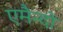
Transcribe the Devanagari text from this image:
एमैन्दो